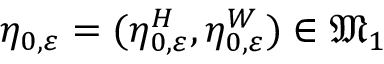
\eta _ { 0 , \varepsilon } = ( \eta _ { 0 , \varepsilon } ^ { H } , \eta _ { 0 , \varepsilon } ^ { W } ) \in \mathfrak { M } _ { 1 }